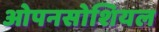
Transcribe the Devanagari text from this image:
ओपनसोशियल